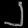
Digit: ၂